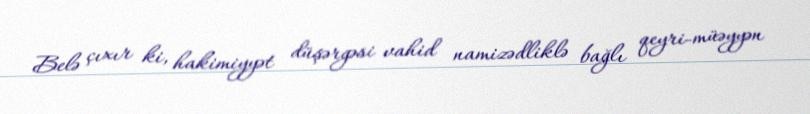
Belə çıxır ki, hakimiyyət düşərgəsi vahid namizədliklə bağlı qeyri-müəyyən